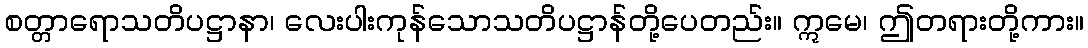
စတ္တာရောသတိပဋ္ဌာနာ၊ လေးပါးကုန်သောသတိပဋ္ဌာန်တို့ပေတည်း။ ဣမေ၊ ဤတရားတို့ကား။